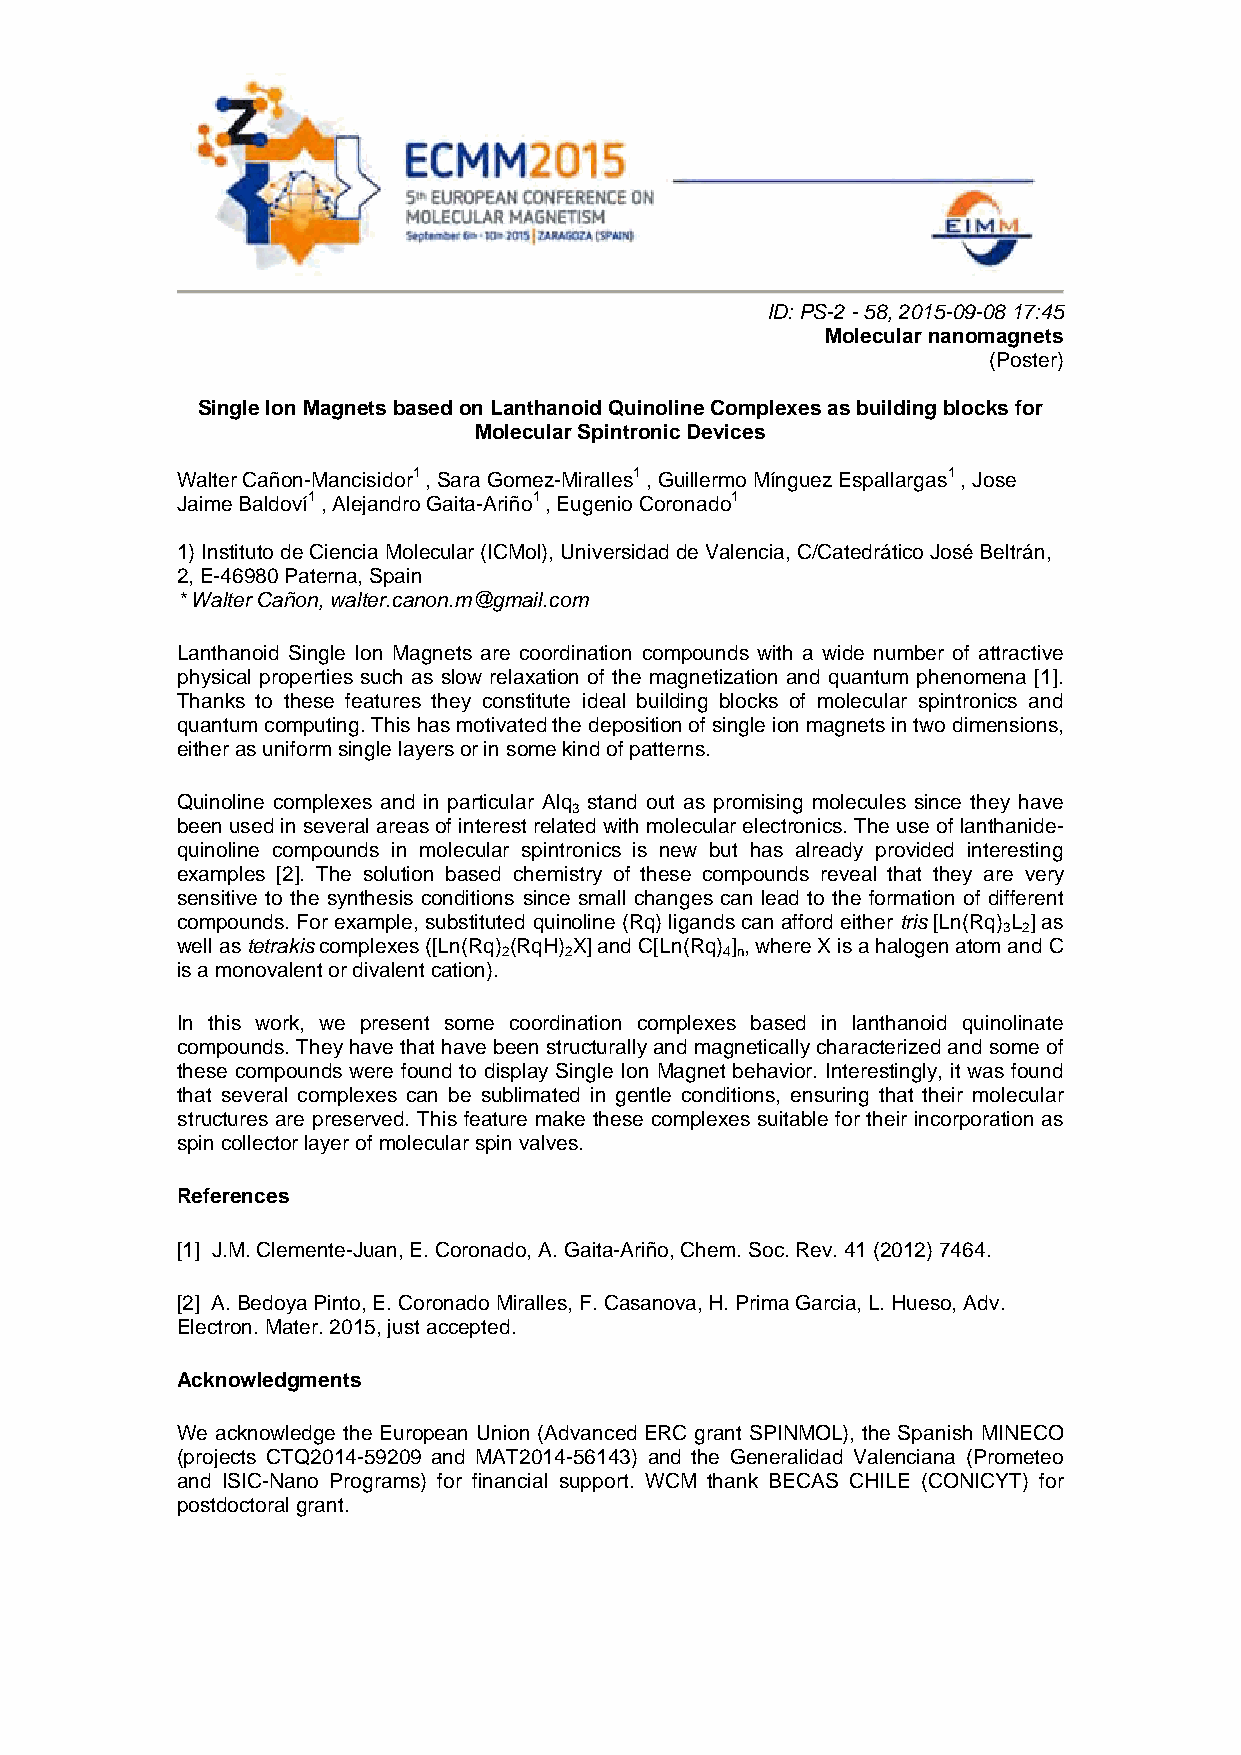
ID: PS-2 - 58, 2015-09-08 17:45
 Molecular nanomagnets
 (Poster)
 Single Ion Magnets based on Lanthanoid Quinoline Complexes as building blocks for
 Molecular Spintronic Devices
 Walter Cañon-Mancisidor1 , Sara Gomez-Miralles1 , Guillermo Mínguez Espallargas1 , Jose
 Jaime Baldoví1 , Alejandro Gaita-Ariño1 , Eugenio Coronado1
 1) Instituto de Ciencia Molecular (ICMol), Universidad de Valencia, C/Catedrático José Beltrán,
 2, E-46980 Paterna, Spain
 * Walter Cañon, walter.canon.m@gmail.com
 Lanthanoid Single Ion Magnets are coordination compounds with a wide number of attractive
 physical properties such as slow relaxation of the magnetization and quantum phenomena [1].
 Thanks to these features they constitute ideal building blocks of molecular spintronics and
 quantum computing. This has motivated the deposition of single ion magnets in two dimensions,
 either as uniform single layers or in some kind of patterns.
 Quinoline complexes and in particular Alq stand out as promising molecules since they have
 3
 been used in several areas of interest related with molecular electronics. The use of lanthanide-
 quinoline compounds in molecular spintronics is new but has already provided interesting
 examples [2]. The solution based chemistry of these compounds reveal that they are very
 sensitive to the synthesis conditions since small changes can lead to the formation of different
 compounds. For example, substituted quinoline (Rq) ligands can afford either tris [Ln(Rq) L ] as
 3 2
 well as tetrakis complexes ([Ln(Rq) (RqH) X] and C[Ln(Rq) ] , where X is a halogen atom and C
 2   2          4n
 is a monovalent or divalent cation).
 In this work, we present some coordination complexes based in lanthanoid quinolinate
 compounds. They have that have been structurally and magnetically characterized and some of
 these compounds were found to display Single Ion Magnet behavior. Interestingly, it was found
 that several complexes can be sublimated in gentle conditions, ensuring that their molecular
 structures are preserved. This feature make these complexes suitable for their incorporation as
 spin collector layer of molecular spin valves.
 References
 [1] J.M. Clemente-Juan, E. Coronado, A. Gaita-Ariño, Chem. Soc. Rev. 41 (2012) 7464.
 [2] A. Bedoya Pinto, E. Coronado Miralles, F. Casanova, H. Prima Garcia, L. Hueso, Adv.
 Electron. Mater. 2015, just accepted.
 Acknowledgments
 We acknowledge the European Union (Advanced ERC grant SPINMOL), the Spanish MINECO
 (projects CTQ2014-59209 and MAT2014-56143) and the Generalidad Valenciana (Prometeo
 and ISIC-Nano Programs) for financial support. WCM thank BECAS CHILE (CONICYT) for
 postdoctoral grant.